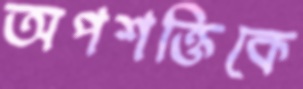
অপশক্তিকে